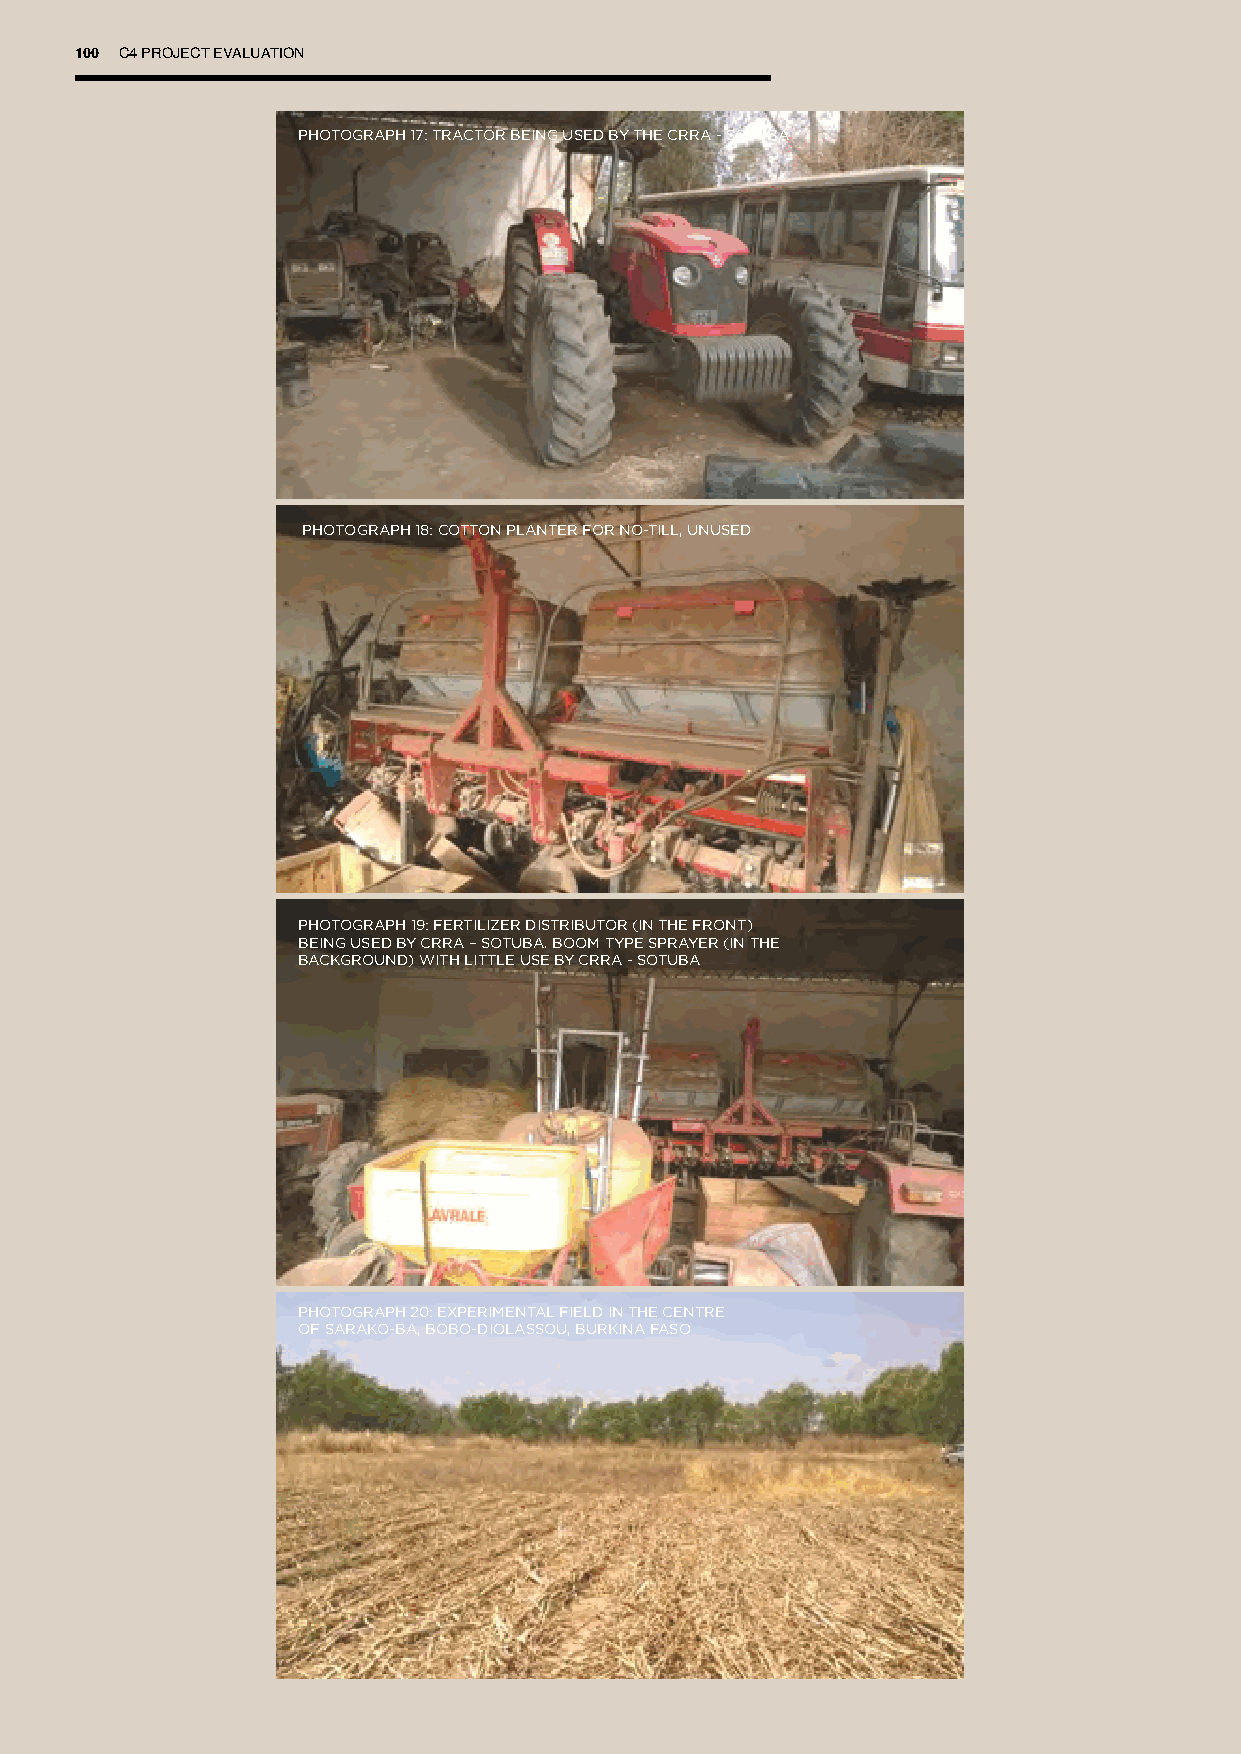
100 C4 PROJECT EVALUATION
 PHOTOGRAPH 17: TRACTOR BEING USED BY THE CRRA - SOTUBA
 PHOTOGRAPH 18: COTTON PLANTER FOR NO-TILL, UNUSED
 PHOTOGRAPH 19: FERTILIZER DISTRIBUTOR (IN THE FRONT)
 BEING USED BY CRRA – SOTUBA. BOOM TYPE SPRAYER (IN THE
 BACKGROUND) WITH LITTLE USE BY CRRA - SOTUBA
 PHOTOGRAPH 20: EXPERIMENTAL FIELD IN THE CENTRE
 OF SARAKO-BA, BOBO-DIOLASSOU, BURKINA FASO